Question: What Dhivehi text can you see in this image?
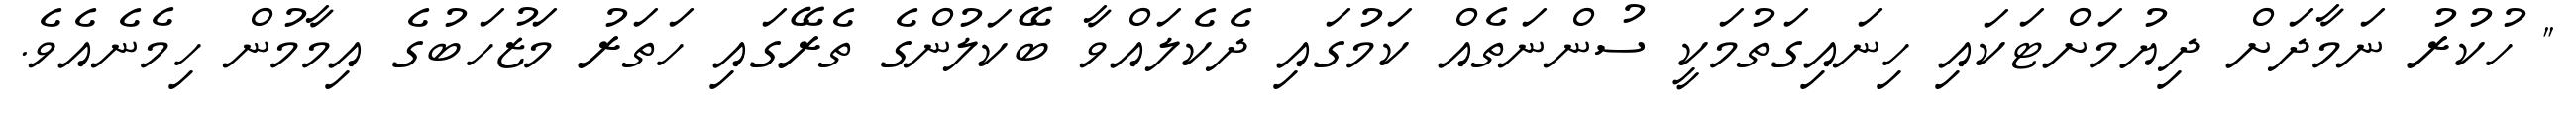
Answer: " ހުކުރު ނަމާދަށް ދިޔުމަށްޓަކައި ހިނައިގަތުމަކީ ސުންނަތެއް ކަމުގައި ދެކެލައްވާ ބޭކަލުންގެ ތެރޭގައި ހަތަރު މަޒުހަބުގެ އިމާމުން ހިމެނެއެވެ.